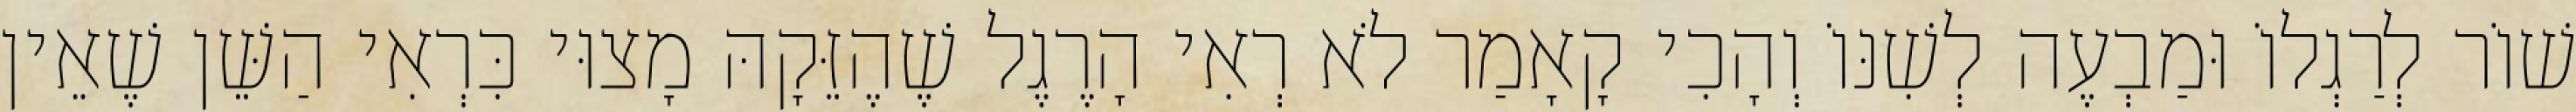
שׁוֹר לְרַגְלוֹ וּמַבְעֶה לְשִׁנּוֹ וְהָכִי קָאָמַר לֹא רְאִי הָרֶגֶל שֶׁהֶזֵּקָהּ מָצוּי כִּרְאִי הַשֵּׁן שֶׁאֵין